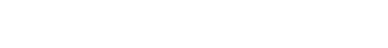
ဟောတိ၊ ၏။ ဣတိ ဧဝံ၊ သို့။ ဥပသံဟရဏတော၊ ဖြင့်။ မရဏံ၊